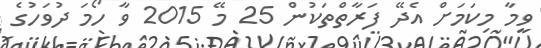
ވީމާ މިކަމަށް އެދޭ ފަރާތްތަކުން 25 މޭ 2015 ވާ ހޯމަ ދުވަހުގެ